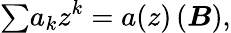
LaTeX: {\textstyle\sum}a_{k}z^{k}=a(z)\, (\boldsymbol B),